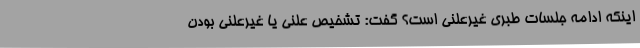
اینکه ادامه جلسات طبری غیرعلنی است؟ گفت: تشخیص علنی یا غیرعلنی بودن